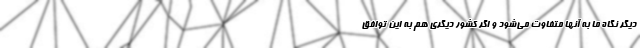
دیگر نگاه ما به آنها متفاوت می‌شود و اگر کشور دیگری هم به این توافق